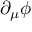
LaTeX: \partial _ { \mu } \phi